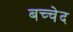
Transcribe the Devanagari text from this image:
बच्चेद